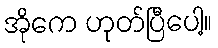
အိုကေ ဟုတ်ပြီပေါ့။